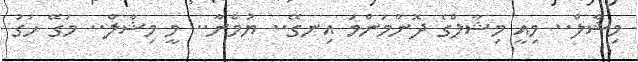
މިޝާލް.. މިއީ މިޝާލްގެ ދޮންމަންމަ އިނގޭ.. ޔުމްނާ.. މީ މިޝާލް.. މަގޭ ހަގު